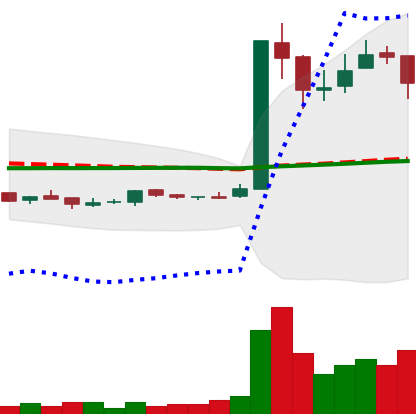
Ticker: LTC-USD
Chart end date: 2016-12-30
Forward return: 10.189%
Label: up_7plus